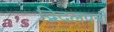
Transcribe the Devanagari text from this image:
द्विदलपत्री